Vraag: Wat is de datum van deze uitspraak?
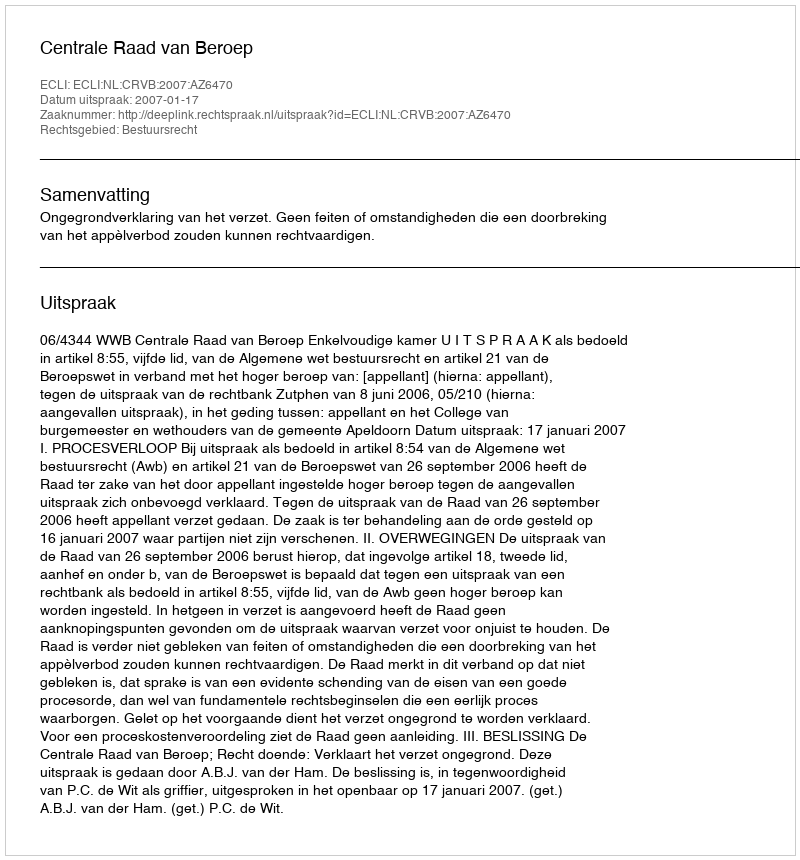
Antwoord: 2007-01-17